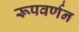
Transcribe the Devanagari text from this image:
रूपवर्णन